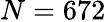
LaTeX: N=672